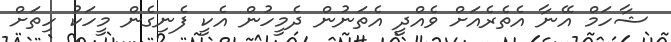
ޝާހަމް އޭނާ އެތެރެއަށް ވެއްދީ އެތަނުން ދެމީހުން އެކީ ފެނިގެން މީހަކު ހިތަށް